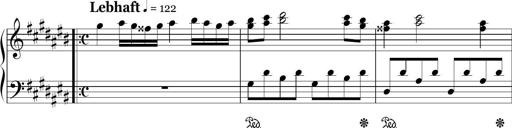
Title: Ten Piano Sonatinas
Composer: Andreas Sain